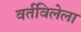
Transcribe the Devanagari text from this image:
वर्तविलेला